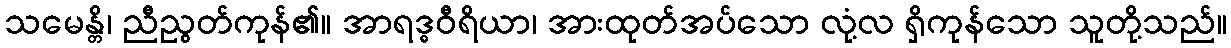
သမေန္တိ၊ ညီညွတ်ကုန်၏။ အာရဒ္ဓဝီရိယာ၊ အားထုတ်အပ်သော လုံ့လ ရှိကုန်သော သူတို့သည်။